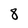
Character: 8